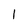
Character: 1